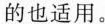
的也适用。